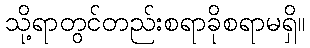
သို့ရာတွင်တည်းစရာခိုစရာမရှိ။